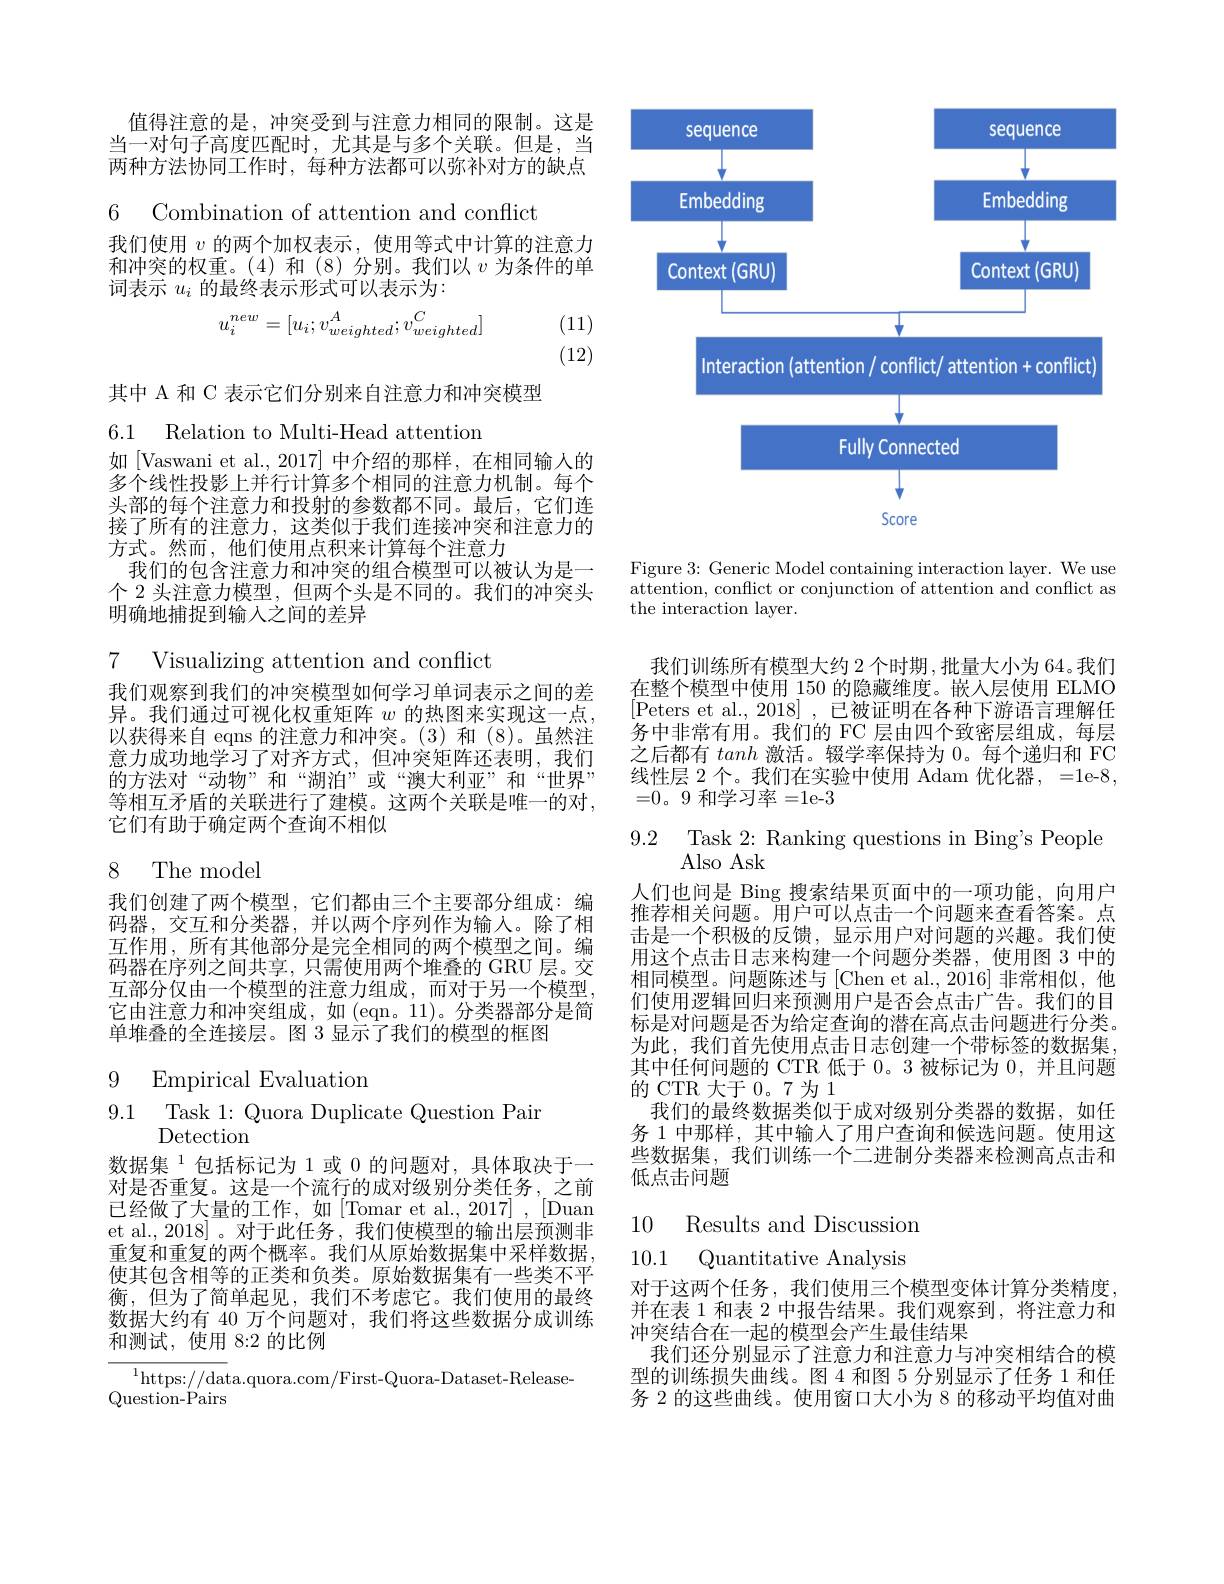
值得注意的是，冲突受到与注意力相同的限制。这是当一对句子高度匹配时，尤其是与多个关联。但是，当两种方法协同工作时，每种方法都可以弥补对方的缺点

6 Combination of attention and conflict

我们使用$v$的两个加权表示，使用等式中计算的注意力和冲突的权重。(4)和(8)分别。我们以$v$为条件的单词表示$u_i$的最终表示形式可以表示为：
$$u_i^{new}=[u_i;v_{weighted}^A;v_{weighted}^C]$$
(11) (12)

其中 A 和 C 表示它们分别来自注意力和冲突模型

6.1 Relation to Multi-Head attentiom

如[Vaswani et al.,2017] 中介绍的那样，在相同输人的多个线性投影上并行计算多个相同的注意力机制。每个头部的每个注意力和投射的参数都不同。最后，它们连接了所有的注意力，这类似于我们连接冲突和注意力的方式。然而，他们使用点积来计算每个注意力
我们的包含注意力和冲突的组合模型可以被认为是一个 2 头注意力模型，但两个头是不同的。我们的冲突头明确地捕捉到输入之间的差异

7 Visualizing attention and conflict

我们观察到我们的冲突模型如何学习单词表示之间的差异。我们通过可视化权重矩阵$w$的热图来实现这一点， 以获得来自 eqns 的注意力和冲突。(3)和 (8)。虽然注意力成功地学习了对齐方式，但冲突矩阵还表明，我们的方法对“动物”和“湖泊”或“澳大利亚”和“世界” 等相互矛盾的关联进行了建模。这两个关联是唯一的对， 它们有助于确定两个查询不相似

## 8 The model

我们创建了两个模型，它们都由三个主要部分组成：编码器，交互和分类器，并以两个序列作为输入。除了相互作用，所有其他部分是完全相同的两个模型之间。编码器在序列之间共享，只需使用两个堆叠的 GRU 层。交互部分仅由一个模型的注意力组成，而对于另一个模型， 它由注意力和冲突组成，如(eqn。11)。分类器部分是简单堆叠的全连接层。图 3 显示了我们的模型的框图

9 Empirical Evaluation

$\begin{array}{ll}{9.1}&{{\mathrm{Task~1:~Quora~Duplicate~Question~Pair}}}\\{{\mathrm{Detection}}}\end{array}$

数据集$^{1}$包括标记为 1 或 0 的问题对，具体取决于一对是否重复。这是一个流行的成对级别分类任务，之前已经做了大量的工作，如[Tomar et al., 2017] , [Duan et al., 2018]。对于此任务，我们使模型的输出层预测非重复和重复的两个概率。我们从原始数据集中采样数据， 使其包含相等的正类和负类。原始数据集有一些类不平衡，但为了简单起见，我们不考虑它。我们使用的最终数据大约有 40 万个问题对，我们将这些数据分成训练和测试，使用 8:2 的比例

$^{1}$https://data.quora.com/First-Quora-Dataset-Release-
Question- Pairs

<FigureHere>

Figure 3: Generic Model containing interaction layer. We use attention, conflict or conjunction of attention and conflict as the interaction layer.

我们训练所有模型大约 2 个时期 ,批量大小为 64。我们在整个模型中使用 150 的隐藏维度。嵌人层使用 ELMO [Peters et al., 2018] , 已被证明在各种下游语言理解任务中非常有用。我们的 FC 层由四个致密层组成，每层之后都有tanh激活。辍学率保持为 0。每个递归和 FC 线性层 2 个。我们在实验中使用 Adam 优化器，=1e-8, =0。9 和学习率=1e-3

$\begin{array}{ll}9.2&\mathrm{Task~2:~Ranking~questions~in~Bing's~People}\\&\mathrm{Also~Ask}\end{array}$

人们也问是 Bing 搜索结果页面中的一项功能，向用户推荐相关问题。用户可以点击一个问题来查看答案。点击是一个积极的反馈，显示用户对问题的兴趣。我们使用这个点击日志来构建一个问题分类器，使用图 3 中的相同模型。问题陈述与[Chen et al.,2016]非常相似，他们使用逻辑回归来预测用户是否会点击广告。我们的目标是对问题是否为给定查询的潜在高点击间题进行分类。为此，我们首先使用点击日志创建一个带标签的数据集， 其中任何问题的 CTR 低于 0。3 被标记为0，并且问题的 CTR 大于0。7为 1
我们的最终数据类似于成对级别分类器的数据，如任务 1 中那样，其中输入了用户查询和候选问题。使用这些数据集，我们训练一个二进制分类器来检测高点击和低点击问题

10 Results and Discussion 10.1 Quantitative Analysis

对于这两个任务，我们使用三个模型变体计算分类精度， 并在表 1 和表 2 中报告结果。我们观察到，将注意力和冲突结合在一起的模型会产生最佳结果
我们还分别显示了注意力和注意力与冲突相结合的模型的训练损失曲线。图4和图 5 分别显示了任务 1 和任务 2 的这些曲线。使用窗口大小为 8 的移动平均值对曲